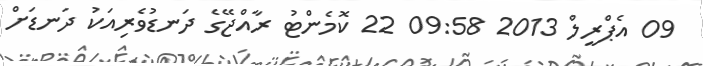
09 އެޕްރީލް 2013 09:58 22 ކޮމެންޓު ރާއްޖޭގެ ދަނޑުވެރިއަކު ދަނޑަށް